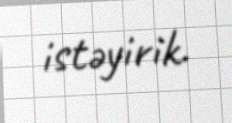
istəyirik.